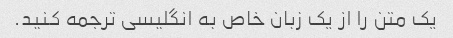
یک متن را از یک زبان خاص به انگلیسی ترجمه کنید.